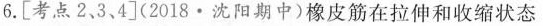
6.[考点2、3、4](2018·沈阳期中)橡皮筋在拉伸和收缩状态